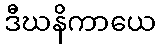
ဒီဃနိကာယေ